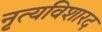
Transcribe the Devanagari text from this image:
नृत्यविशारद